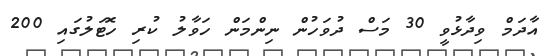
އާދަމް ވިދާޅުވީ 30 މަސް ދުވަހުން ނިންމަން ހަވާލު ކުރި ހޮޓަލުގައި 200